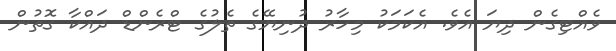
ވެއްޓިގެން ދިޔަ އެވެ. އެކަމަކު މިހާރު ދުނިޔޭގެ ތެލުގެ ޓްރެންޑް ދައްކާ ގޮތުން